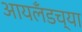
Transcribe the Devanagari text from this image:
आयलँडच्या